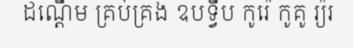
ដណ្តើម គ្រប់គ្រង ឧបទ្វីប កូរ៉េ កូគូ រ្យ៉រ